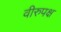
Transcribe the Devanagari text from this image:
वीरुपक्ष